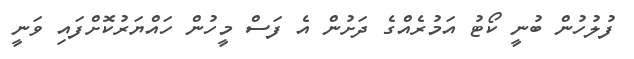
ފުލުހުން ބުނީ ކޯޓު އަމުރެއްގެ ދަށުން އެ ފަސް މީހުން ހައްޔަރުކޮށްފައި ވަނީ